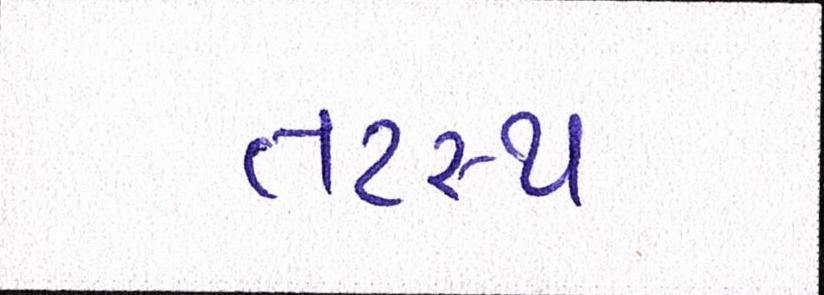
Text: તટસ્થ